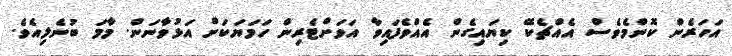
އަހަރެން ކޮންމެވެސް އެއްޗެކޭ ކިޔައިގެން އެއްވެފައިވާ އަވަށްޓެރިން ހަމަޔަކަށް އަޅުވާނަން. މާމަ ބުނެލިއެވެ.